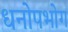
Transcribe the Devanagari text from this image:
धनोपभोग